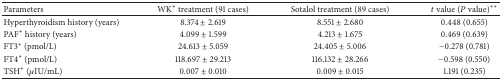
<table><thead><tr><td><b>Parameters</b></td><td><b>WK<sup>*</sup> treatment (91 cases)</b></td><td><b>Sotalol treatment (89 cases)</b></td><td><b><i>t</i> value (<i>P</i> value)<sup>**</sup></b></td></tr></thead><tbody><tr><td>Hyperthyroidism history (years)</td><td>8.374 ± 2.619</td><td>8.551 ± 2.680</td><td>0.448 (0.655)</td></tr><tr><td>PAF<sup>*</sup> history (years)</td><td>4.099 ± 1.599</td><td>4.213 ± 1.675</td><td>0.469 (0.639)</td></tr><tr><td>FT3<sup>*</sup> (pmol/L)</td><td>24.613 ± 5.059</td><td>24.405 ± 5.006</td><td>−0.278 (0.781)</td></tr><tr><td>FT4<sup>*</sup> (pmol/L)</td><td>118.697 ± 29.213</td><td>116.132 ± 28.266</td><td>−0.598 (0.550)</td></tr><tr><td>TSH<sup>*</sup> (<i>μ</i>IU/mL)</td><td>0.007 ± 0.010</td><td>0.009 ± 0.015</td><td>1.191 (0.235)</td></tr></tbody></table>